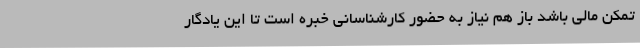
تمکن مالی باشد باز هم نیاز به حضور کارشناسانی خبره است تا این یادگار